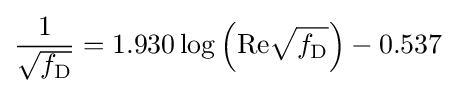
{\frac {1}{\sqrt {f_{\mathrm {D} }}}}=1.930\log \left(\mathrm {Re} {\sqrt {f_{\mathrm {D} }}}\right)-0.537